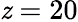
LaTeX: \mathit{z}=20